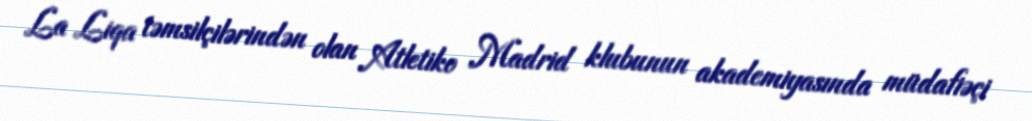
La Liqa təmsilçilərindən olan Atletiko Madrid klubunun akademiyasında müdafiəçi